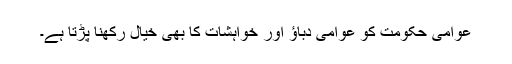
عوامی حکومت کو عوامی دباؤ اور خواہشات کا بھی خیال رکھنا پڑتا ہے۔